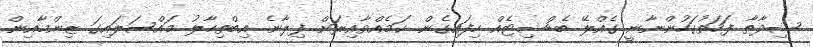
ޝިދާތާ ފަހަތުގަހުންނާނީ ގެއްލޭ ބެޑްޝިޓެއް ހިފައިގެން. ކަމެއްވާއިރަށް ފިލާނެ. އިބްތިހާލު މައްސަލައިގަ ޒިންމާއިން